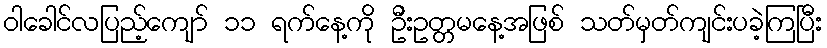
ဝါခေါင်လပြည့်ကျော် ၁၁ ရက်နေ့ကို ဦးဥတ္တမနေ့အဖြစ် သတ်မှတ်ကျင်းပခဲ့ကြပြီး